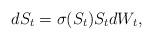
LaTeX: \begin{align*}dS_t=\sigma(S_t)S_tdW_t,\end{align*}